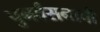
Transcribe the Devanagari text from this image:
पुनर्वसनाची